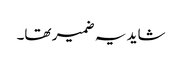
شاید یہ ضمیر تھا۔